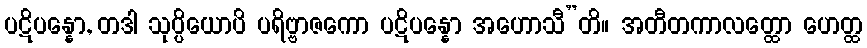
ပဋိပန္နော, တဒါ သုပ္ပိယောပိ ပရိဗ္ဗာဇကော ပဋိပန္နော အဟောသီ”တိ။ အတီတကာလတ္ထော ဟေတ္ထ